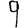
Digit: 9